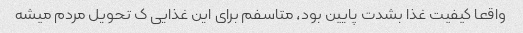
واقعا کیفیت غذا بشدت پایین بود، متاسفم برای این غذایی ک تحویل مردم میشه